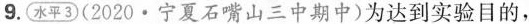
9. 水平3(2020·宁夏石嘴山三中期中)为达到实验目的，